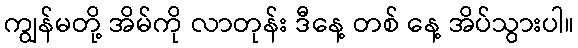
ကျွန်မတို့ အိမ်ကို လာတုန်း ဒီနေ့ တစ် နေ့ အိပ်သွားပါ။